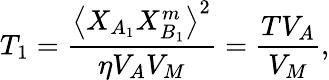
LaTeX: {{T}_{1}}=\frac{{\left\langle{{X}_{A_{1}}}{{X}_{B_{1}}^{m}}\right\rangle}^{2}}{\eta{V_{A}V_{M}}}=\frac{T{{V}_{A}}}{{{V}_{M}}},